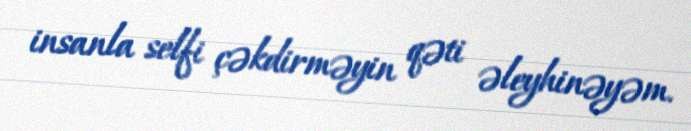
insanla selfi çəkdirməyin qəti əleyhinəyəm.